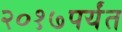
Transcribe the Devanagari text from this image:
२०१७पर्यंत